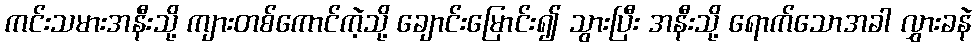
ကင်းသမားအနီးသို့ ကျားတစ်ကောင်ကဲ့သို့ ချောင်းမြောင်း၍ သွားပြီး အနီးသို့ ရောက်သောအခါ လွှားခနဲ